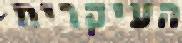
העיקרית